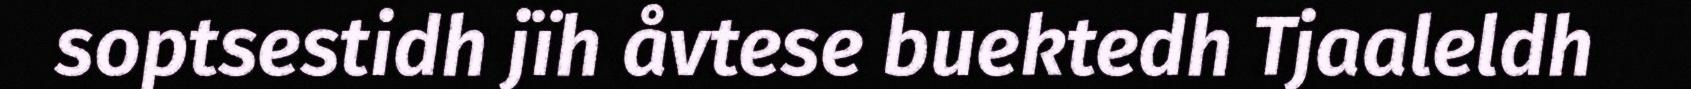
soptsestidh jïh åvtese buektedh Tjaaleldh